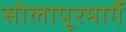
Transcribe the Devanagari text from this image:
सोलापूरमार्गे